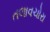
તલાવચોરા